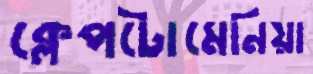
ক্লেপটোমেনিয়া